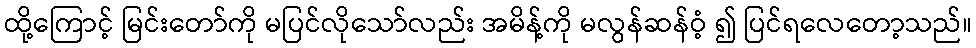
ထို့ကြောင့် မြင်းတော်ကို မပြင်လိုသော်လည်း အမိန့်ကို မလွန်ဆန်ဝံ့ ၍ ပြင်ရလေတော့သည်။